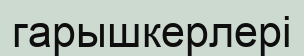
гарышкерлері